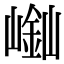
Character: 𡻿